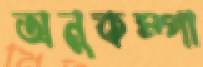
অনুকম্পা